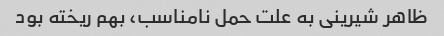
ظاهر شیرینی به علت حمل نامناسب، بهم ریخته بود